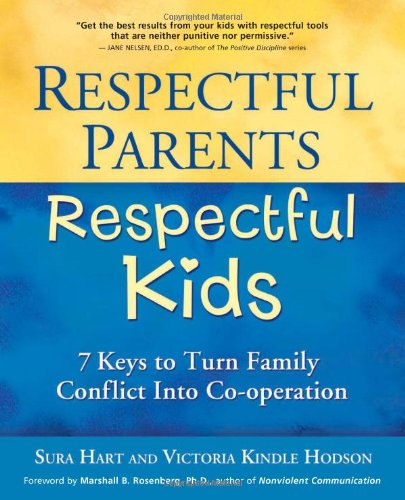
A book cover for Respectful Parents, Respectful Kids: 7 Keys to Turn Family Conflict into Cooperation; Sura Hart; Parenting & Relationships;